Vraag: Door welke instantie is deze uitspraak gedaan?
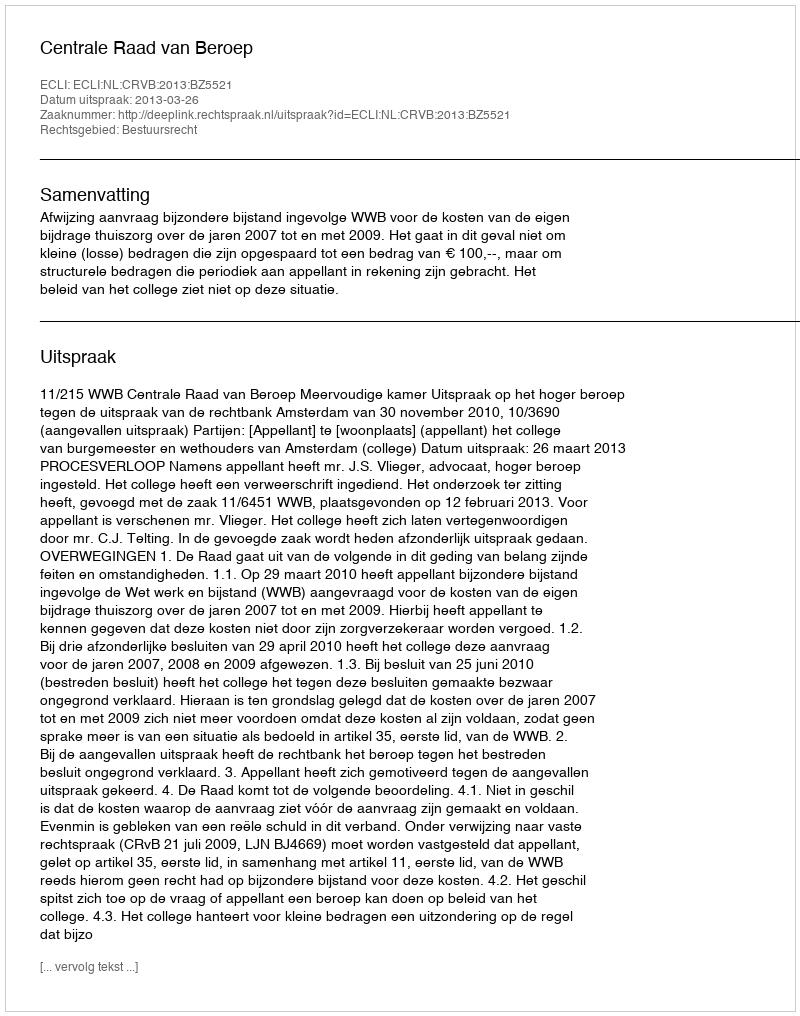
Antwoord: Centrale Raad van Beroep